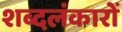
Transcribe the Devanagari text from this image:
शब्दलंकारों